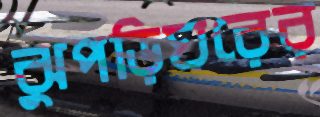
ঝুপড়িঘরের